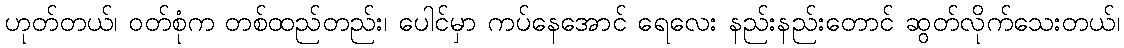
ဟုတ်တယ်၊ ဝတ်စုံက တစ်ထည်တည်း၊ ပေါင်မှာ ကပ်နေအောင် ရေလေး နည်းနည်းတောင် ဆွတ်လိုက်သေးတယ်၊